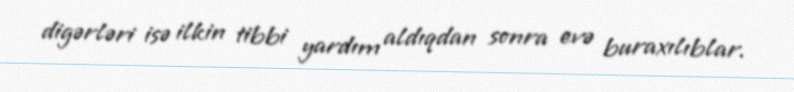
digərləri isə ilkin tibbi yardım aldıqdan sonra evə buraxılıblar.